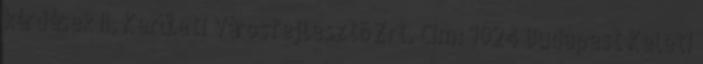
kérdések II. Kerületi Városfejlesztõ Zrt. Cím: 1024 Budapest Keleti